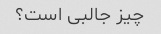
چیز جالبی است؟